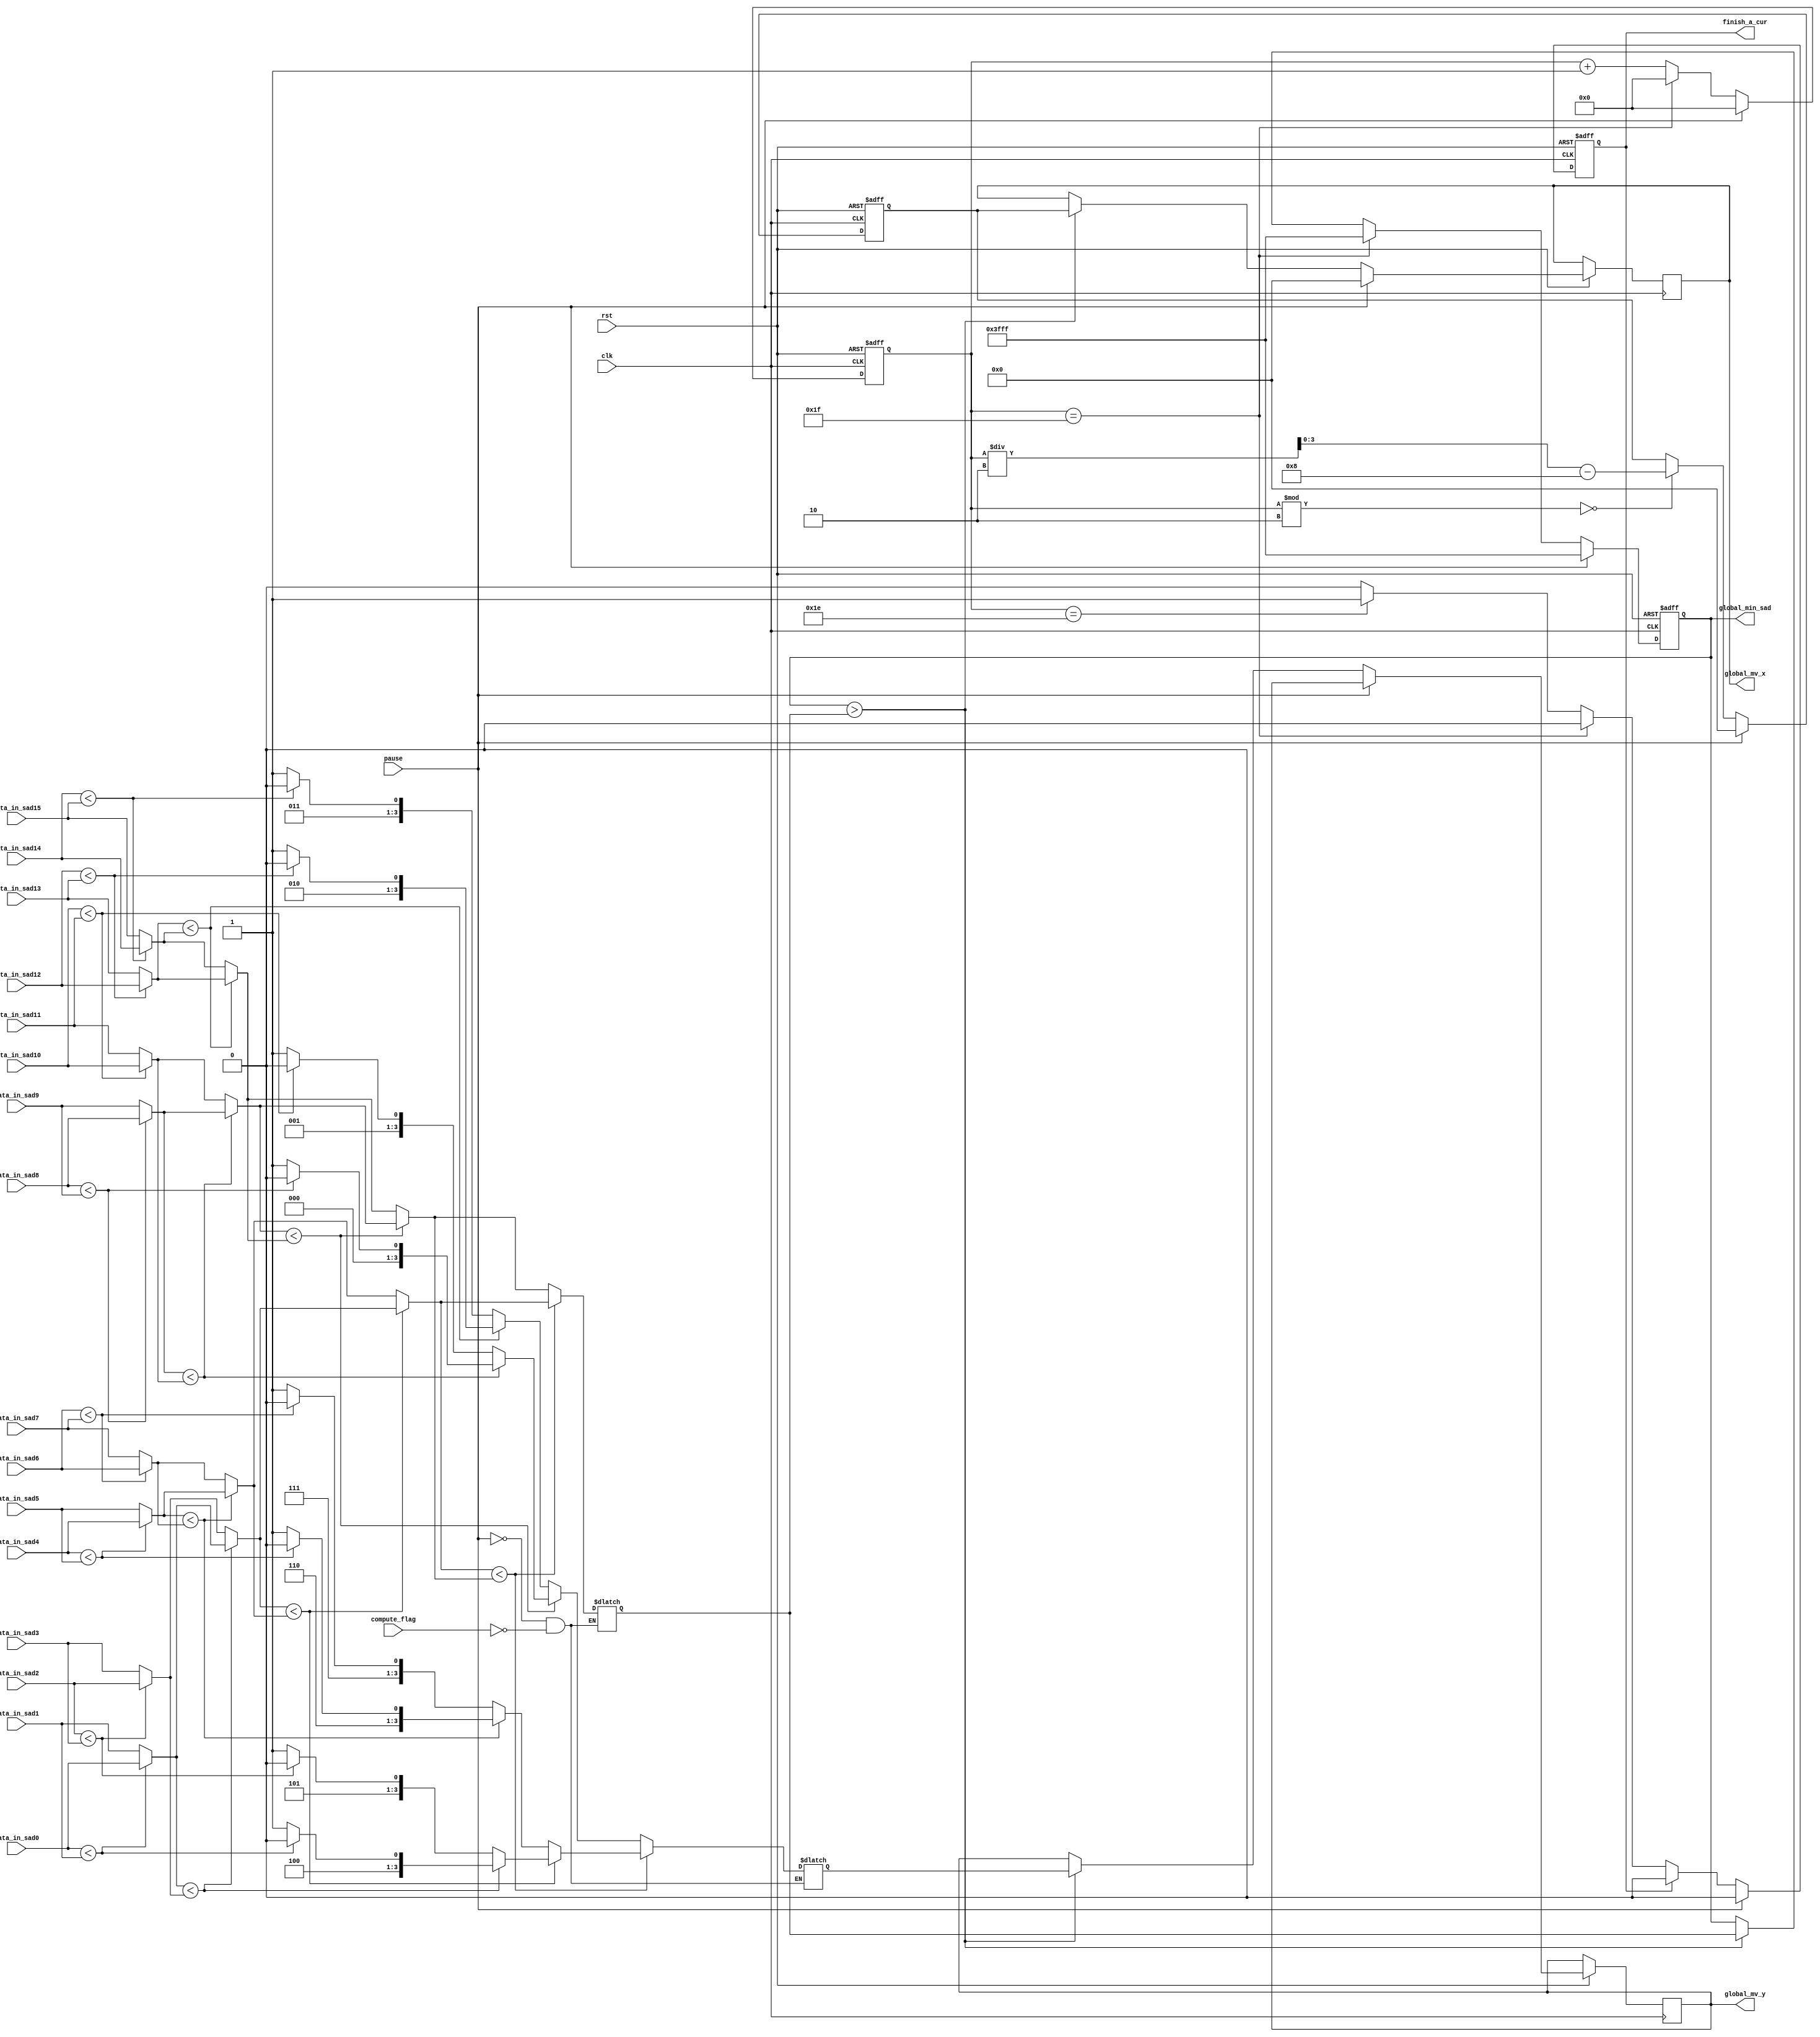
module compare_22bit(
	input wire clk,
	input wire rst,
	input wire pause,
	input wire compute_flag,
	input wire[13:0] data_in_sad0,
	input wire[13:0] data_in_sad1,
	input wire[13:0] data_in_sad2,
	input wire[13:0] data_in_sad3,
	input wire[13:0] data_in_sad4,
	input wire[13:0] data_in_sad5,
	input wire[13:0] data_in_sad6,
	input wire[13:0] data_in_sad7,
	input wire[13:0] data_in_sad8,
	input wire[13:0] data_in_sad9,
	input wire[13:0] data_in_sad10,
	input wire[13:0] data_in_sad11,
	input wire[13:0] data_in_sad12,
	input wire[13:0] data_in_sad13,
	input wire[13:0] data_in_sad14,
	input wire[13:0] data_in_sad15,
	// output reg [13:0] output_sad,//reg
	output reg [3:0]global_mv_x,
	output reg [3:0]global_mv_y,
	output reg [13:0]global_min_sad,
output reg finish_a_cur
);
		reg [4:0]clk_index32;
  // reg[13:0] min_sad_onetime;
		reg [3:0]mv_x_onetime;
				reg [3:0]mv_y_onetime;
		reg [13:0]min_sad_onetime;
	// output reg [13:0]global_min_sad;//regoutput file
	// reg [3:0]before_start;
reg [13:0]tmp0_0;reg [13:0]tmp0_1;reg [13:0]tmp0_2;reg [13:0]tmp0_3;reg [13:0]tmp0_4;reg [13:0]tmp0_5;reg [13:0]tmp0_6;reg [13:0]tmp0_7;
reg [13:0]tmp1_0;reg [13:0]tmp1_1;reg [13:0]tmp1_2;reg [13:0]tmp1_3;
reg [13:0]tmp2_0;reg [13:0]tmp2_1;//


reg [3:0]mv_y_tmp0_0;reg [3:0]mv_y_tmp0_1;reg [3:0]mv_y_tmp0_2;reg [3:0]mv_y_tmp0_3;reg [3:0]mv_y_tmp0_4;reg [3:0]mv_y_tmp0_5;reg [3:0]mv_y_tmp0_6;reg [3:0]mv_y_tmp0_7;
reg [3:0]mv_y_tmp1_0;reg [3:0]mv_y_tmp1_1;reg [3:0]mv_y_tmp1_2;reg [3:0]mv_y_tmp1_3;
reg [3:0]mv_y_tmp2_0;reg [3:0]mv_y_tmp2_1;

	// reg start_from_16;
	//ifalways@(*) <==
	always@(*)//clk <==  assign wire * reg
    begin
			if(!pause&&compute_flag==0)//
			begin
				//
			if(data_in_sad0<data_in_sad1) begin
			tmp0_0=data_in_sad0;
			mv_y_tmp0_0=-8;
			end
			else 
			begin 
			tmp0_0=data_in_sad1;
			mv_y_tmp0_0=-7;
			end

			if(data_in_sad2<data_in_sad3) begin
			tmp0_1=data_in_sad2;
			mv_y_tmp0_1=-6;
			end
			else 
			begin 
			tmp0_1=data_in_sad3;
			mv_y_tmp0_1=-5;
			end

			if(data_in_sad4<data_in_sad5) begin
			tmp0_2=data_in_sad4;
			mv_y_tmp0_2=-4;
			end
			else 
			begin 
			tmp0_2=data_in_sad5;
			mv_y_tmp0_2=-3;
			end

			if(data_in_sad6<data_in_sad7) begin
			tmp0_3=data_in_sad6;
			mv_y_tmp0_3=-2;
			end
			else 
			begin 
			tmp0_3=data_in_sad7;
			mv_y_tmp0_3=-1;
			end

			if(data_in_sad8<data_in_sad9) begin
			tmp0_4=data_in_sad8;
			mv_y_tmp0_4=0;
			end
			else 
			begin 
			tmp0_4=data_in_sad9;
			mv_y_tmp0_4=1;
			end

			if(data_in_sad10<data_in_sad11) begin
			tmp0_5=data_in_sad10;
			mv_y_tmp0_5=2;
			end
			else 
			begin 
			tmp0_5=data_in_sad11;
			mv_y_tmp0_5=3;
			end

			if(data_in_sad12<data_in_sad13) begin
			tmp0_6=data_in_sad12;
			mv_y_tmp0_6=4;
			end
			else 
			begin 
			tmp0_6=data_in_sad13;
			mv_y_tmp0_6=5;
			end

			if(data_in_sad14<data_in_sad15) begin
			tmp0_7=data_in_sad14;
			mv_y_tmp0_7=6;
			end
			else 
			begin 
			tmp0_7=data_in_sad15;
			mv_y_tmp0_7=7;
			end
//

			if(tmp0_0<tmp0_1) begin
				tmp1_0=tmp0_0;
				mv_y_tmp1_0=mv_y_tmp0_0;
			end
			else begin 
				tmp1_0=tmp0_1;
				mv_y_tmp1_0=mv_y_tmp0_1;
			end

			if(tmp0_2<tmp0_3) begin
				tmp1_1=tmp0_2;
				mv_y_tmp1_1=mv_y_tmp0_2;
			end
			else begin 
				tmp1_1=tmp0_3;
				mv_y_tmp1_1=mv_y_tmp0_3;
			end

			if(tmp0_4<tmp0_5) begin
				tmp1_2=tmp0_4;
				mv_y_tmp1_2=mv_y_tmp0_4;
			end
			else begin 
				tmp1_2=tmp0_5;
				mv_y_tmp1_2=mv_y_tmp0_5;
			end

			if(tmp0_6<tmp0_7) begin
				tmp1_3=tmp0_6;
				mv_y_tmp1_3=mv_y_tmp0_6;
			end
			else begin 
				tmp1_3=tmp0_7;
				mv_y_tmp1_3=mv_y_tmp0_7;
			end
//
			if(tmp1_0<tmp1_1) begin
				tmp2_0=tmp1_0;
				mv_y_tmp2_0=mv_y_tmp1_0;
			end
			else begin 
				tmp2_0=tmp1_1;
				mv_y_tmp2_0=mv_y_tmp1_1;
			end
			if(tmp1_2<tmp1_3) begin
				tmp2_1=tmp1_2;
				mv_y_tmp2_1=mv_y_tmp1_2;
			end
			else begin 
				tmp2_1=tmp1_3;
				mv_y_tmp2_1=mv_y_tmp1_3;
			end

//
			if(tmp2_0<tmp2_1) begin
				min_sad_onetime=tmp2_0;
				mv_y_onetime=mv_y_tmp2_0;
			end
			else begin 
				min_sad_onetime=tmp2_1;
				mv_y_onetime=mv_y_tmp2_1;
			end
		end
		end

		always@(posedge clk or negedge rst)
			if(!rst)
				begin
					finish_a_cur<=0;
					global_min_sad<=22'b1111111111111111111111;
				end
			else
					begin
							if(!pause)
									begin
								if(global_min_sad>min_sad_onetime)
								begin
								global_min_sad<=min_sad_onetime;
								global_mv_x<=mv_x_onetime;
								global_mv_y<=mv_y_onetime;
								end
								if(clk_index32==30)//
								begin
									finish_a_cur<=1;//
								end
								if(clk_index32==31)//
								begin
									finish_a_cur<=0;//
									global_min_sad<=22'b1111111111111111111111;
								end
								if(finish_a_cur==1)
									finish_a_cur<=0;

					end
					else begin global_mv_x<=0;
					finish_a_cur<=0;
					global_min_sad<=22'b1111111111111111111111;
					end
					end

		always@(posedge clk or negedge rst)
			if(!rst)
				begin
					mv_x_onetime<=0;
				end
			else begin
						if(!pause)
							begin
							if(clk_index32%2==0)
								mv_x_onetime<=clk_index32/2-8;
									end
							else mv_x_onetime<=0;
			end

		always@(posedge clk or negedge rst)
			if(!rst)
				begin
					clk_index32<=0;
				end
			else
					begin
						if(!pause)
						begin
								if(clk_index32==31)
									begin
										clk_index32<=0;
									end
								else
									begin
										clk_index32<=clk_index32+1;
									end
					end
					else clk_index32<=0;
					end

	//   always@(posedge clk or negedge rst)
  //   begin
  //     if (!rst)
  //       begin
  //         start_from_16<=0;before_start<=0;finish_a_cur<=0;
  //       end
  //     else
  //       begin
  //         if (before_start==15)//8reg
  //           begin//start
  //           end
  //         else
  //           begin
  //             before_start<= before_start+1;
  //           end
  //       end

  //   end

		
	// always@(posedge clk) //
	// 	begin
	// 		if (before_start==15)
	// 		start_from_16<=1;
	// 	end
endmodule